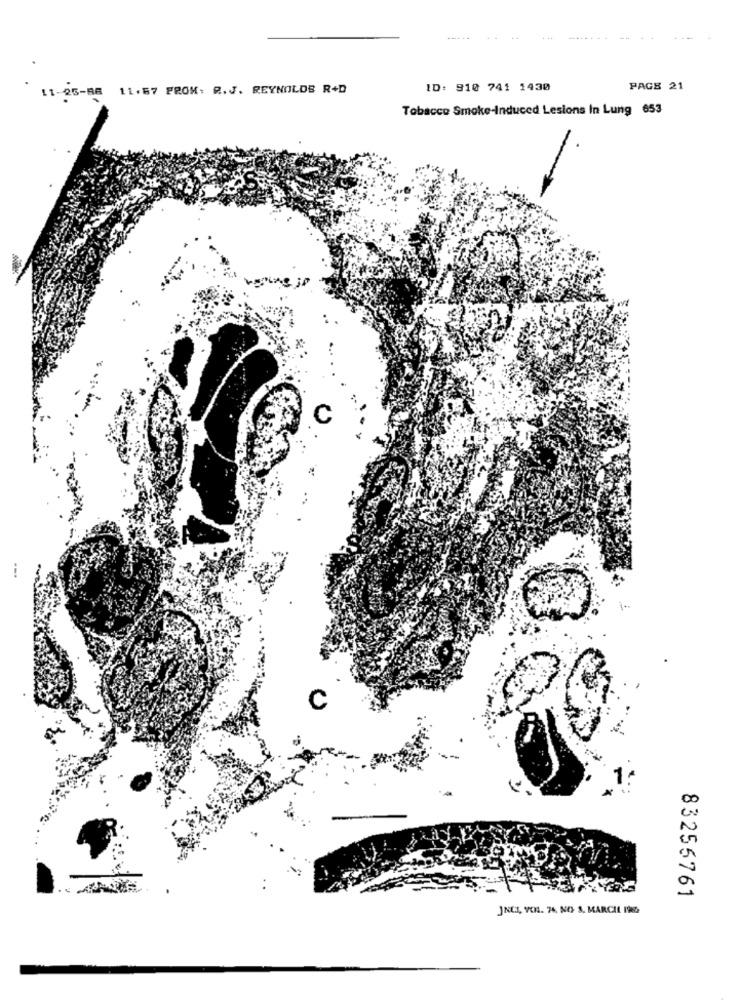
11-26-88 11.67 FROM: R.J. REYNOLDS R+D
ID: 910 741 1430
PAGE 21
Tobacco Smoke-Induced Lesions In Lung 653
C
83255761
JNCI, VOL. 74. NO. 3. MARCH IVE